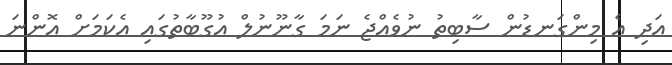
އަދި އެ މިންގަނޑުން ސާބިތު ނުވެއްޖެ ނަމަ ގާނޫނުލް އުގޫބާތުގައި އެކަމަށް އޮންނަ